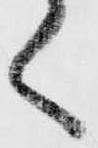
く